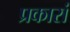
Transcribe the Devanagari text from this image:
प्रकारां